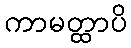
ကာမတ္ထာပိ